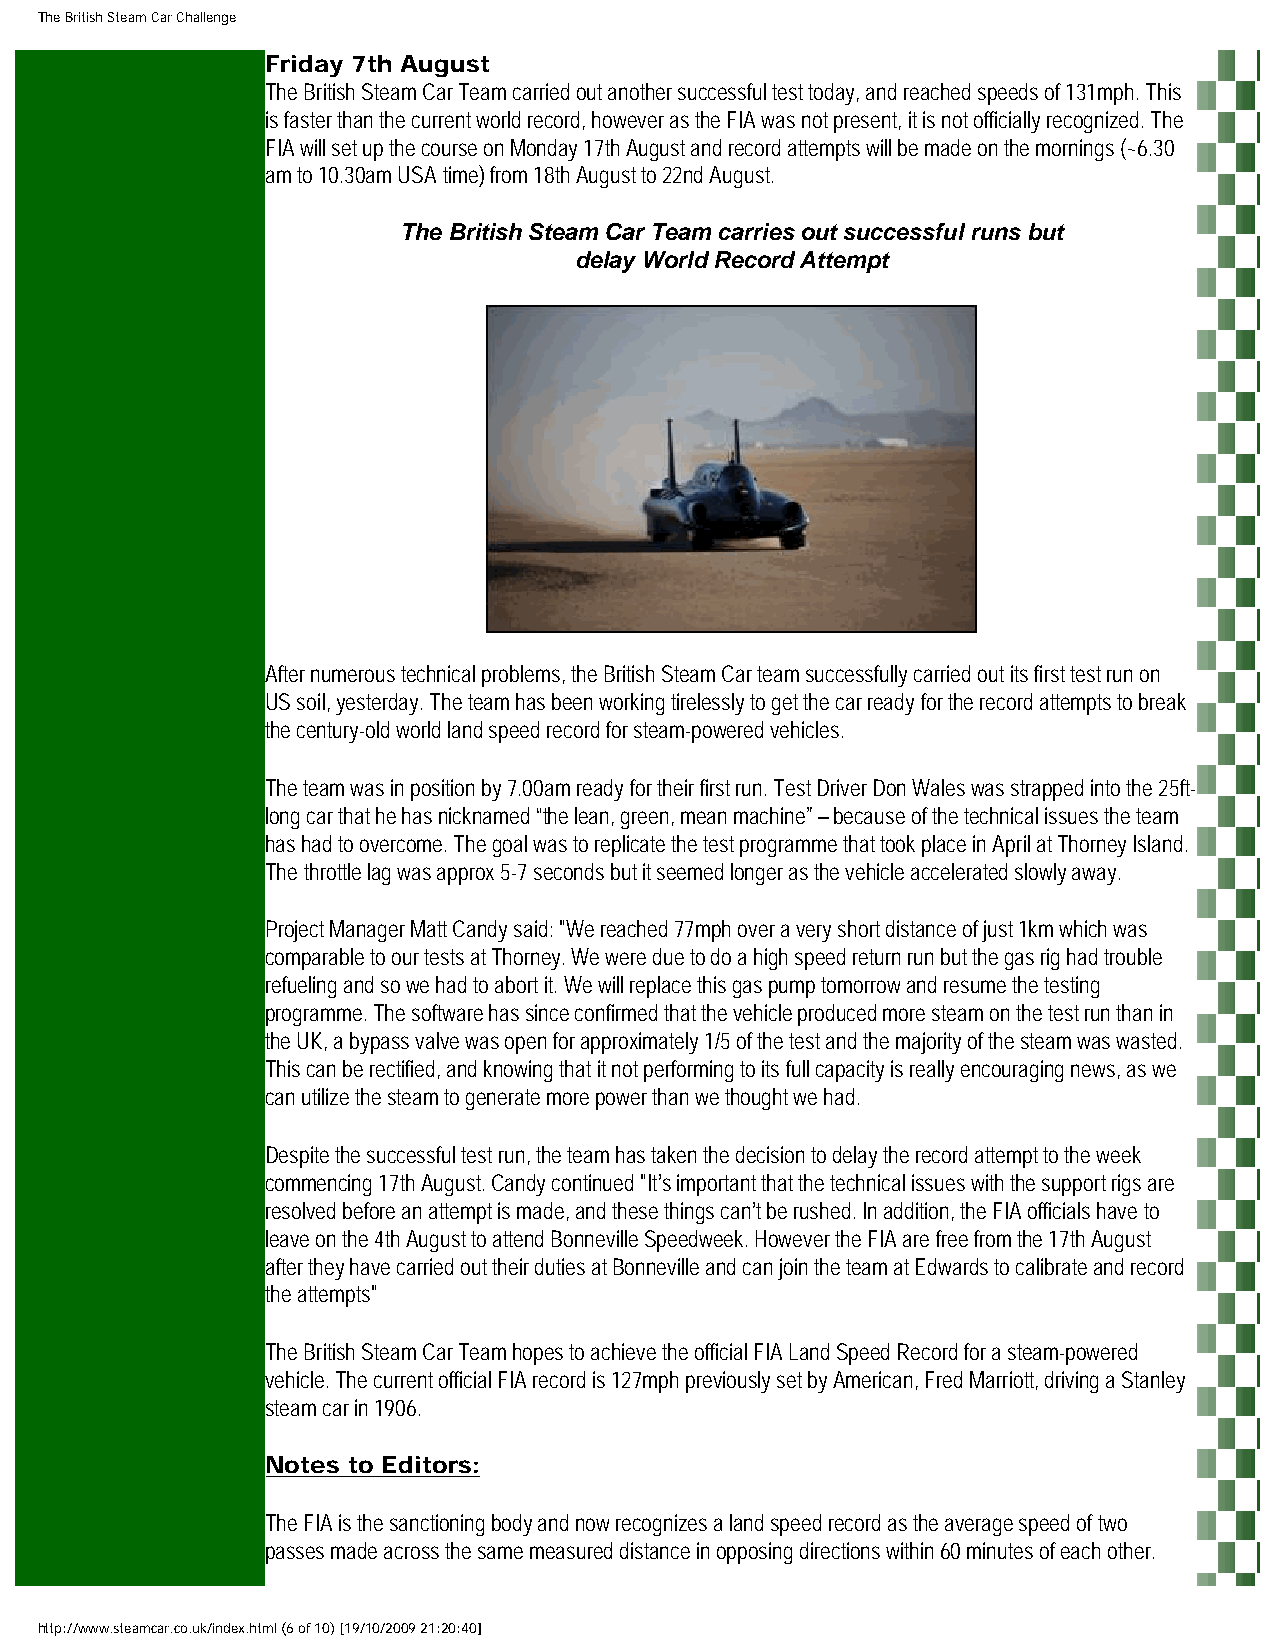
The British Steam Car Challenge
 Friday 7th August
 The British Steam Car Team carried out another successful test today, and reached speeds of 131mph. This
 is faster than the current world record, however as the FIA was not present, it is not officially recognized. The
 FIA will set up the course on Monday 17th August and record attempts will be made on the mornings (~6.30
 am to 10.30am USA time) from 18th August to 22nd August.
 The British Steam Car Team carries out successful runs but
 delay World Record Attempt
 After numerous technical problems, the British Steam Car team successfully carried out its first test run on
 US soil, yesterday. The team has been working tirelessly to get the car ready for the record attempts to break
 the century-old world land speed record for steam-powered vehicles.
 The team was in position by 7.00am ready for their first run. Test Driver Don Wales was strapped into the 25ft-
 long car that he has nicknamed “the lean, green, mean machine” – because of the technical issues the team
 has had to overcome. The goal was to replicate the test programme that took place in April at Thorney Island.
 The throttle lag was approx 5-7 seconds but it seemed longer as the vehicle accelerated slowly away.
 Project Manager Matt Candy said: "We reached 77mph over a very short distance of just 1km which was
 comparable to our tests at Thorney. We were due to do a high speed return run but the gas rig had trouble
 refueling and so we had to abort it. We will replace this gas pump tomorrow and resume the testing
 programme. The software has since confirmed that the vehicle produced more steam on the test run than in
 the UK, a bypass valve was open for approximately 1/5 of the test and the majority of the steam was wasted.
 This can be rectified, and knowing that it not performing to its full capacity is really encouraging news, as we
 can utilize the steam to generate more power than we thought we had.
 Despite the successful test run, the team has taken the decision to delay the record attempt to the week
 commencing 17th August. Candy continued "It’s important that the technical issues with the support rigs are
 resolved before an attempt is made, and these things can’t be rushed. In addition, the FIA officials have to
 leave on the 4th August to attend Bonneville Speedweek. However the FIA are free from the 17th August
 after they have carried out their duties at Bonneville and can join the team at Edwards to calibrate and record
 the attempts"
 The British Steam Car Team hopes to achieve the official FIA Land Speed Record for a steam-powered
 vehicle. The current official FIA record is 127mph previously set by American, Fred Marriott, driving a Stanley
 steam car in 1906.
 Notes to Editors:
 The FIA is the sanctioning body and now recognizes a land speed record as the average speed of two
 passes made across the same measured distance in opposing directions within 60 minutes of each other.
 http://www.steamcar.co.uk/index.html (6 of 10) [19/10/2009 21:20:40]